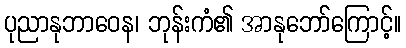
ပုညာနုဘာဝေန၊ ဘုန်းကံ၏ အာနုဘော်ကြောင့်။